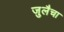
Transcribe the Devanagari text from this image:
जुलैचा